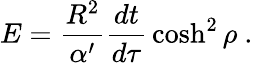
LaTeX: E={\frac{R^{2}}{\alpha^{\prime}}}{\frac{dt}{d\tau}}\cosh^{2}\rho\ .